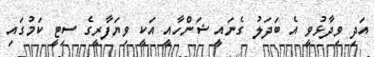
އަދި ވިދާޅުވީ އެ ބަދަލު ގެނައީ ޝަންހާއީ އަކީ ވިޔަފާރީގެ ސިޓީ ކަމުގައި